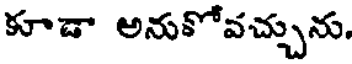
కూడా అనుకోవచ్చును.